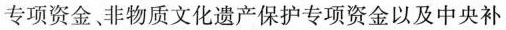
专项资金。非物质文化遗产保护专项资金以及中央补